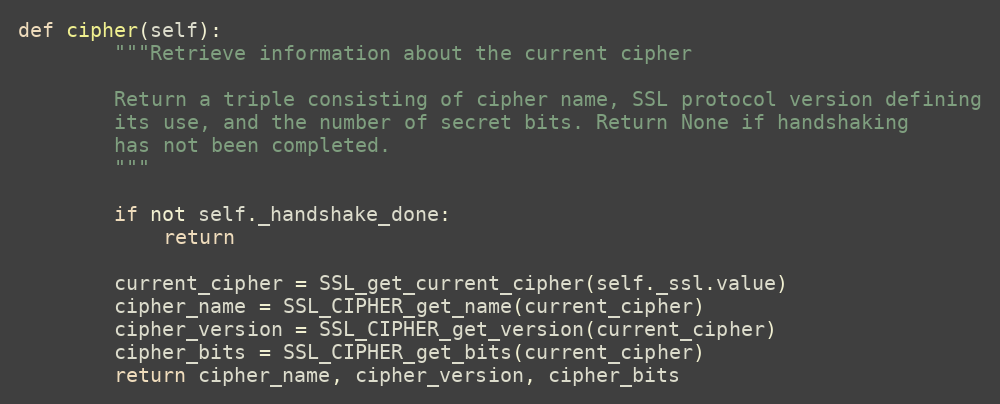
Language: Python
def cipher(self):
        """Retrieve information about the current cipher

        Return a triple consisting of cipher name, SSL protocol version defining
        its use, and the number of secret bits. Return None if handshaking
        has not been completed.
        """

        if not self._handshake_done:
            return

        current_cipher = SSL_get_current_cipher(self._ssl.value)
        cipher_name = SSL_CIPHER_get_name(current_cipher)
        cipher_version = SSL_CIPHER_get_version(current_cipher)
        cipher_bits = SSL_CIPHER_get_bits(current_cipher)
        return cipher_name, cipher_version, cipher_bits